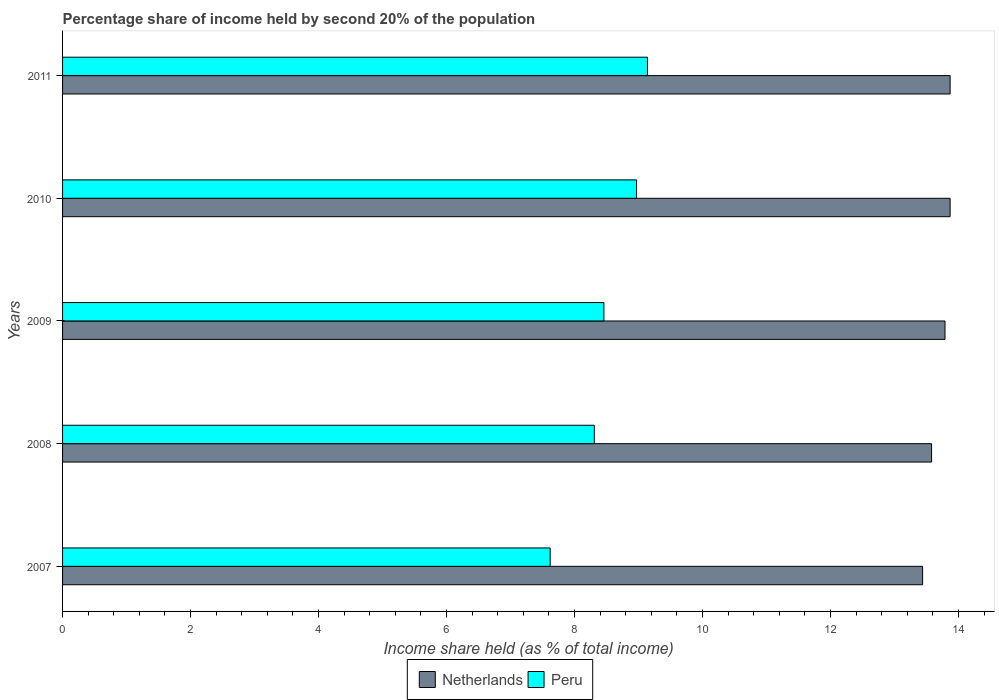
| Years | Netherlands | Peru |
 | --- | --- | --- |
 | 2007 | 13.4 | 7.62 |
 | 2008 | 13.6 | 8.31 |
 | 2009 | 13.8 | 8.46 |
 | 2010 | 13.9 | 8.97 |
 | 2011 | 13.9 | 9.14 |